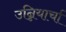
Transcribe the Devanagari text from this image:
उन्नियार्चा